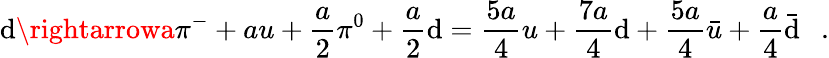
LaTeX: \mathrm{d}\rightarrowa\pi^{-}+au+\frac{{a}}{{2}}\pi^{0}+\frac{{a}}{{2}}\mathrm{d}=\frac{{5a}}{{4}}u+\frac{{7a}}{{4}}\mathrm{d}+\frac{{5a}}{{4}}\bar{{u}}+\frac{{a}}{{4}}\bar{{\mathrm{d}}}\ \ \ .